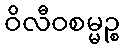
ဝိလီဝစမ္မဉ္စ